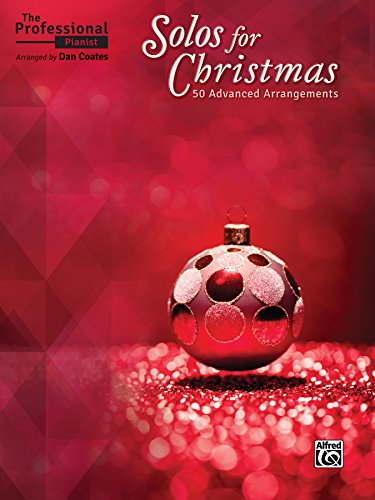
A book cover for The Professional Pianist -- Solos for Christmas: 50 Advanced Arrangements; Dan Coates; Arts & Photography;